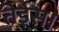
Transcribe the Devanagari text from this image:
तेईस।